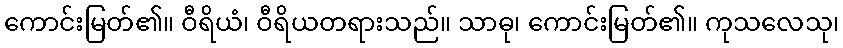
ကောင်းမြတ်၏။ ဝီရိယံ၊ ဝီရိယတရားသည်။ သာဓု၊ ကောင်းမြတ်၏။ ကုသလေသု၊